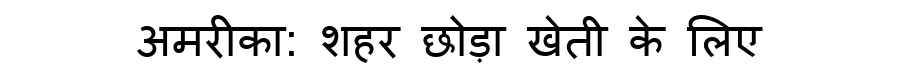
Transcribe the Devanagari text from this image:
अमरीका: शहर छोड़ा खेती के लिए